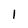
Character: 1